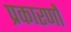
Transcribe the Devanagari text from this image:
प्रकारणों